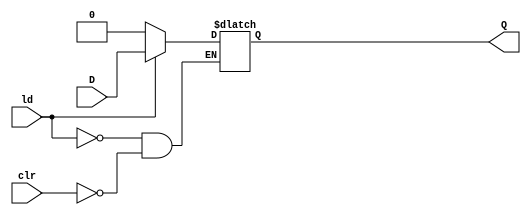
`timescale 1ns / 1ps

//////////////////////////////////////////////////////////////////////////////////
//      //- Usage example for instantiating 16-bit register
//      Latch_ld_clr (
//          .data_in  (xxxx), 
//          .ld       (xxxx), 
//          .clr      (xxxx), 
//          .data_out (xxxx)    );  
//////////////////////////////////////////////////////////////////////////////////

module Latch_ld_clr (
    input wire D,
    input wire ld,
    input wire clr,
    output reg Q
    );
    
    always @(D)
    begin 
       if (ld == 1)
          Q <= D;
       else if (clr == 1)
          Q <= 0; 
    end
endmodule